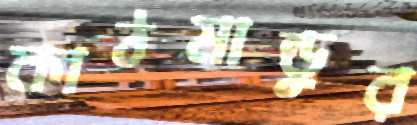
কাঠমান্ডুর